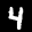
Label: 4